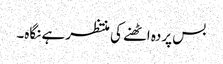
بس پردہ اٹھنے کی منتظر ہے نگاہ۔